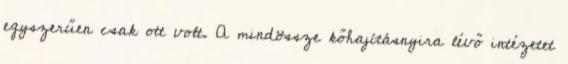
egyszerűen csak ott volt. A mindössze kőhajításnyira lévő intézetet